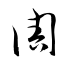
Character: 周